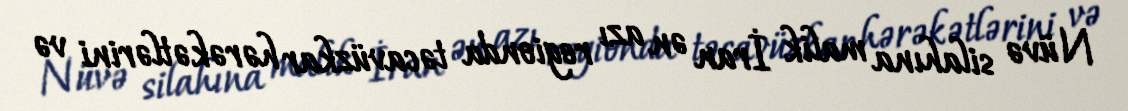
Nüvə silahına malik İran ən azı regionda təcavüzkar hərəkətlərini və